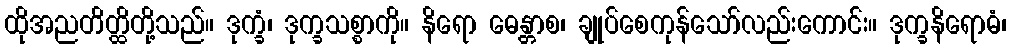
ထိုအညတိတ္ထိတို့သည်။ ဒုက္ခံ၊ ဒုက္ခသစ္စာကို။ နိရော ဓေန္တာစ၊ ချုပ်စေကုန်သော်လည်းကောင်း။ ဒုက္ခနိရောဓံ၊